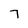
Character: 7